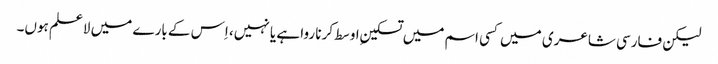
لیکن فارسی شاعری میں کسی اسم میں تسکینِ اوسط کرنا روا ہے یا نہیں، اِس کے بارے میں لاعلم ہوں۔